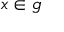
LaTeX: x \in { \mathfrak { g } }